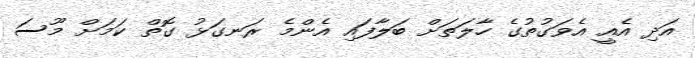
އަދި އެއީ އެވަގުތުގެ ހާލަތަށް ބަލާފައި އެންމެ ރަނގަޅު ގޮތް ކަމަށް މޫސަ